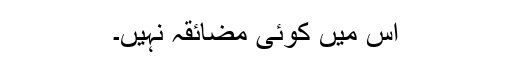
اس میں کوئی مضائقہ نہیں۔